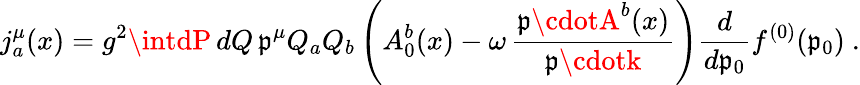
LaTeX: j_{a}^{\mu}(x)=g^{2}\intdP\, dQ\, \mathfrak{p}^{\mu}Q_{a}Q_{b}\left(A_{0}^{b}(x)-\omega\, \frac{{\mathfrak{p}\cdotA^{b}(x)}}{{\mathfrak{p}\cdotk}}\right)\frac{{d}}{{d\mathfrak{p}_{0}}}f^{(0)}(\mathfrak{p}_{0})\ .